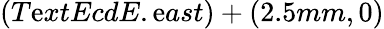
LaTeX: (T\mathrm{e}xtEcdE.\mathrm{e}ast)+(2.5mm,0)